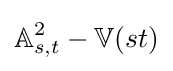
\mathbb {A} _{s,t}^{2}-\mathbb {V} (st)